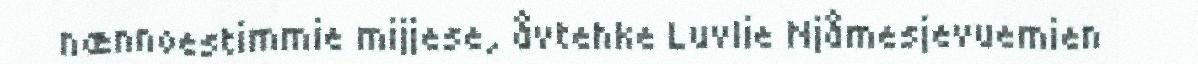
nænnoestimmie mijjese, åvtehke Luvlie Njåmesjevuemien